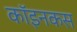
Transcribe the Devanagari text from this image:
कॉइनकस